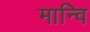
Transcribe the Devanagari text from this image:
मान्वि